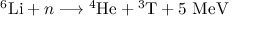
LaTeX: { } ^ { 6 } \mathrm { L i } + n \longrightarrow { } ^ { 4 } \mathrm { H e } + { } ^ { 3 } \mathrm { T } + 5 \ \mathrm { M e V }